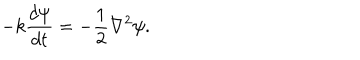
- k \frac { d \psi } { d t } = - \frac { 1 } { 2 } \nabla ^ { 2 } \psi .